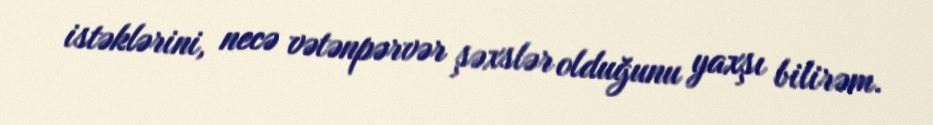
istəklərini, necə vətənpərvər şəxslər olduğunu yaxşı bilirəm.